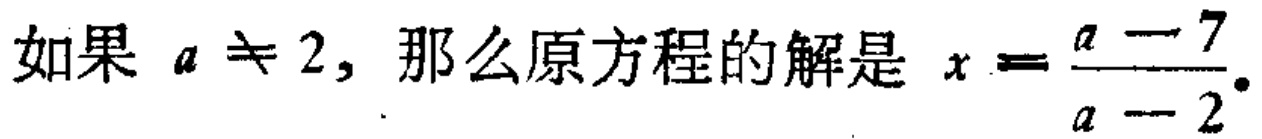
如果 \(a \neq 2\)，那么原方程的解是 \(x = \frac{a - 7}{a - 2}\)。